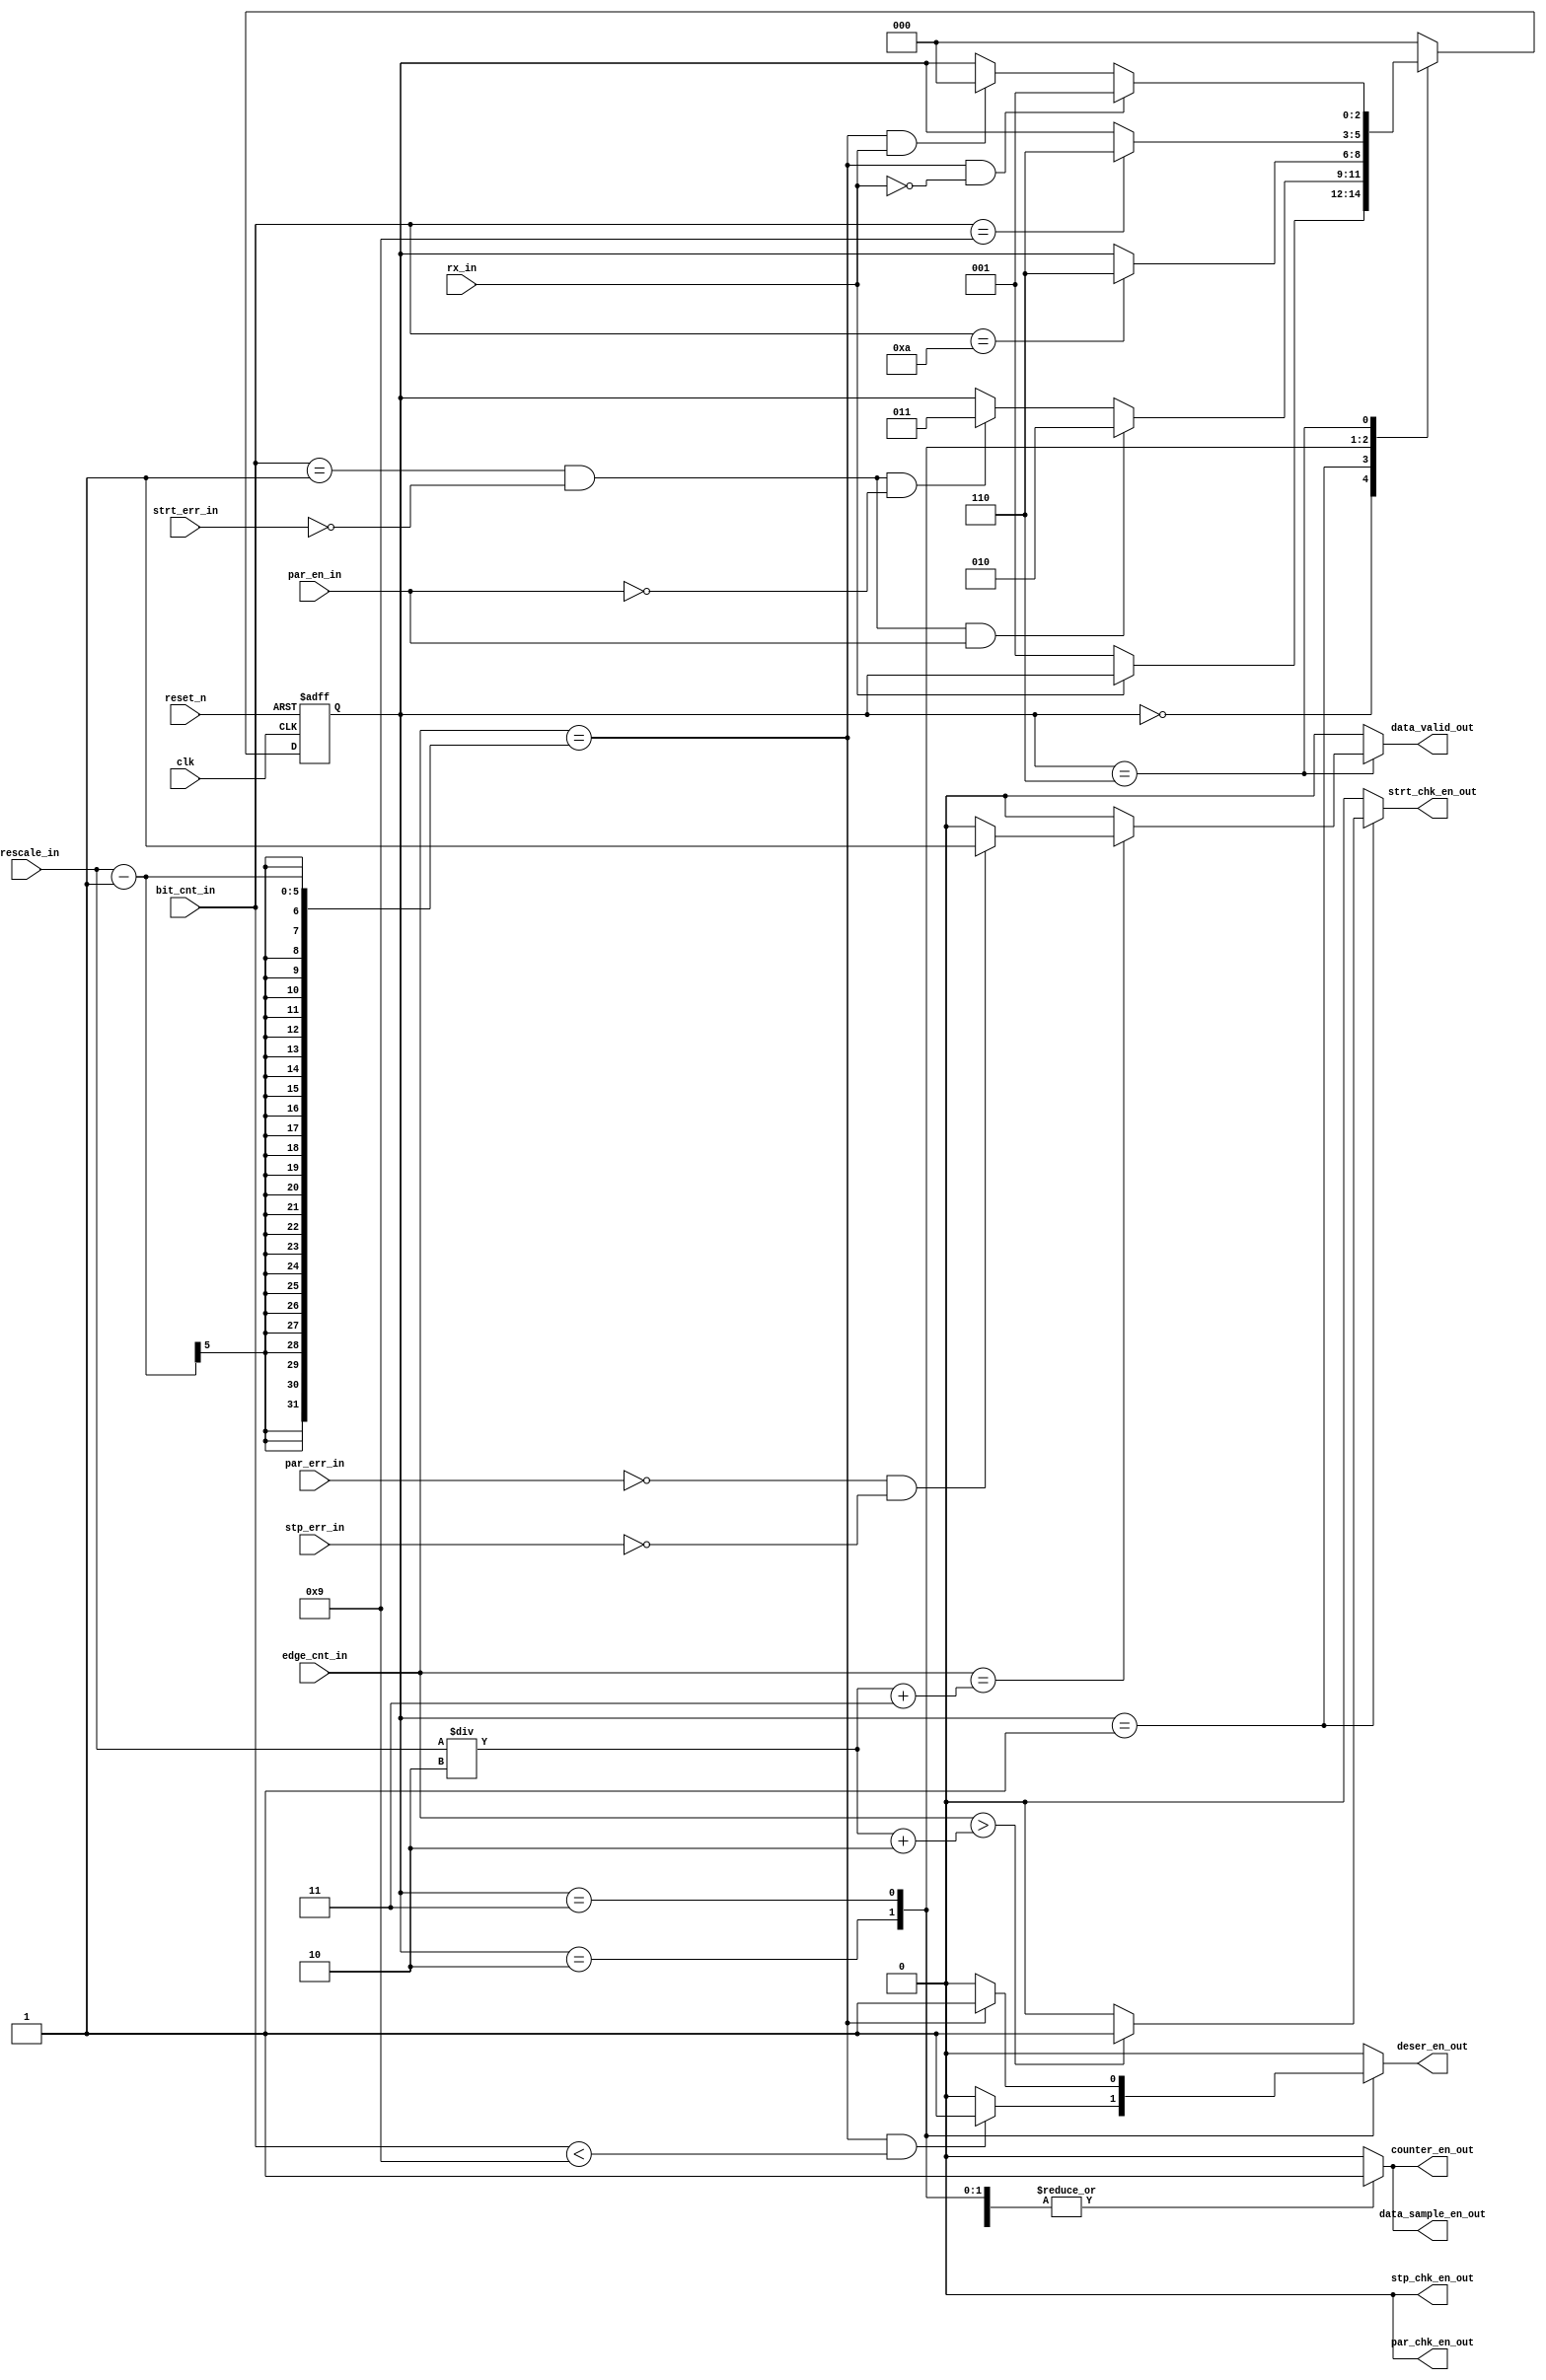
module uart_rx_fsm (
	input clk,    // Clock
	input reset_n,  // Asynchronous reset active low
	input [4:0] edge_cnt_in,
	input [3:0] bit_cnt_in,
	input rx_in,
	input par_en_in,
	input par_err_in,
	input stp_err_in,
	input strt_err_in,
	input [4:0] prescale_in,

	output reg data_sample_en_out,
	output reg deser_en_out,
	output reg data_valid_out,
	output reg stp_chk_en_out,
	output reg strt_chk_en_out,
	output reg par_chk_en_out,
	output reg counter_en_out
);

reg [2:0] current_state,next_state;

localparam [2:0] IDLE=3'b000,
START = 3'b001,
DATA = 3'b011,
DATA_AND_PARITY = 3'b010,
STOP = 3'b110;

always @(posedge clk or negedge reset_n) begin : proc_current_state
	if(~reset_n) begin
		current_state <= IDLE;
	end else begin
		current_state <= next_state;
	end
end

always @(*) begin : proc_next_state
	next_state = current_state;
	case(current_state)
		IDLE:
		begin
			if(rx_in == 0)
				next_state = START;
		end
		START: 
		begin
			if(bit_cnt_in == 4'd1 && !strt_err_in && par_en_in)
				next_state = DATA_AND_PARITY;
			else if(bit_cnt_in == 4'd1 && !strt_err_in && !par_en_in)
				next_state = DATA;
		end
		DATA_AND_PARITY:
		begin
			if(bit_cnt_in == 4'd10)
				next_state = STOP;
		end
		DATA:
		begin
			if(bit_cnt_in == 4'd9)
				next_state = STOP;
		end
		STOP:
		begin
			if(edge_cnt_in == (prescale_in-1) && rx_in == 0)
				next_state = START;
			else if(edge_cnt_in == (prescale_in-1) && rx_in == 1)
				next_state = IDLE;
		end
		default: next_state = IDLE;
	endcase // current_state
end

always @(*) begin : proc_outputs
	data_sample_en_out = 0;
	deser_en_out = 0;
	data_valid_out = 0;
	stp_chk_en_out = 0;
	strt_chk_en_out = 0;
	par_chk_en_out = 0;
	counter_en_out = 0;

	case(current_state)
		START: 
		begin
			data_sample_en_out = 1'b1;
			counter_en_out = 1;
			if(edge_cnt_in > (prescale_in/2)+2)
				strt_chk_en_out = 1;
		end
		DATA_AND_PARITY:
		begin
			data_sample_en_out = 1;
			counter_en_out = 1;
			// if(edge_cnt_in>(prescale_in/2)+2)
			// 	par_chk_en_out = 1;
			if(edge_cnt_in == prescale_in-1 && bit_cnt_in<'d9)
				deser_en_out = 1;
		end
		DATA:
		begin
			data_sample_en_out = 1;
			counter_en_out = 1;
			if(edge_cnt_in == prescale_in-1)
				deser_en_out = 1;
		end
		STOP:
		begin
			data_sample_en_out = 1;
			counter_en_out = 1;
			if(edge_cnt_in == (prescale_in/2)+3) //should be +2 but since I have disabled the stp_chk_en_out.
			begin
				// stp_chk_en_out = 1;
				if(!par_err_in && !stp_err_in)
					data_valid_out = 1;
			end
		end
		default:
		begin
			data_sample_en_out = 0;
			deser_en_out = 0;
			data_valid_out = 0;
			counter_en_out = 0;
		end
	endcase
end

endmodule